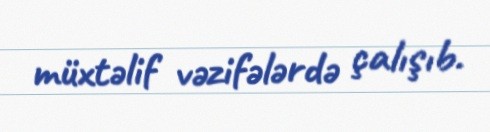
müxtəlif vəzifələrdə çalışıb.